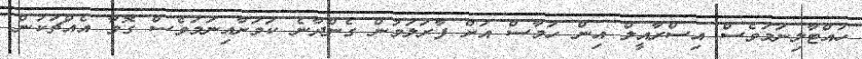
ހުއްޓާލިނަމަވެސް އިސްރާއީލް އިން ހަމާސް އަށް ފާރަލަމުން ގެންދާނެ ކަމަށާއިނަމަވެސް ގޮވާ އެއްޗަކުން